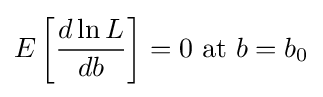
E\left[{\frac {d\ln L}{db}}\right]=0{\text{ at }}b=b_{0}